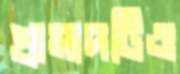
প্রাসাদটিও